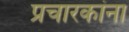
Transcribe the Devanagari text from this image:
प्रचारकांना